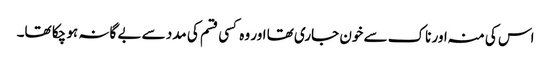
اس کی منہ اور ناک سے خون جاری تھا اور وہ کسی قسم کی مدد سے بے گانہ ہو چکا تھا۔